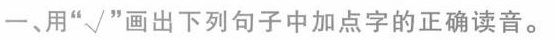
一、用”√”画出下列句子中加点字的正确读音。